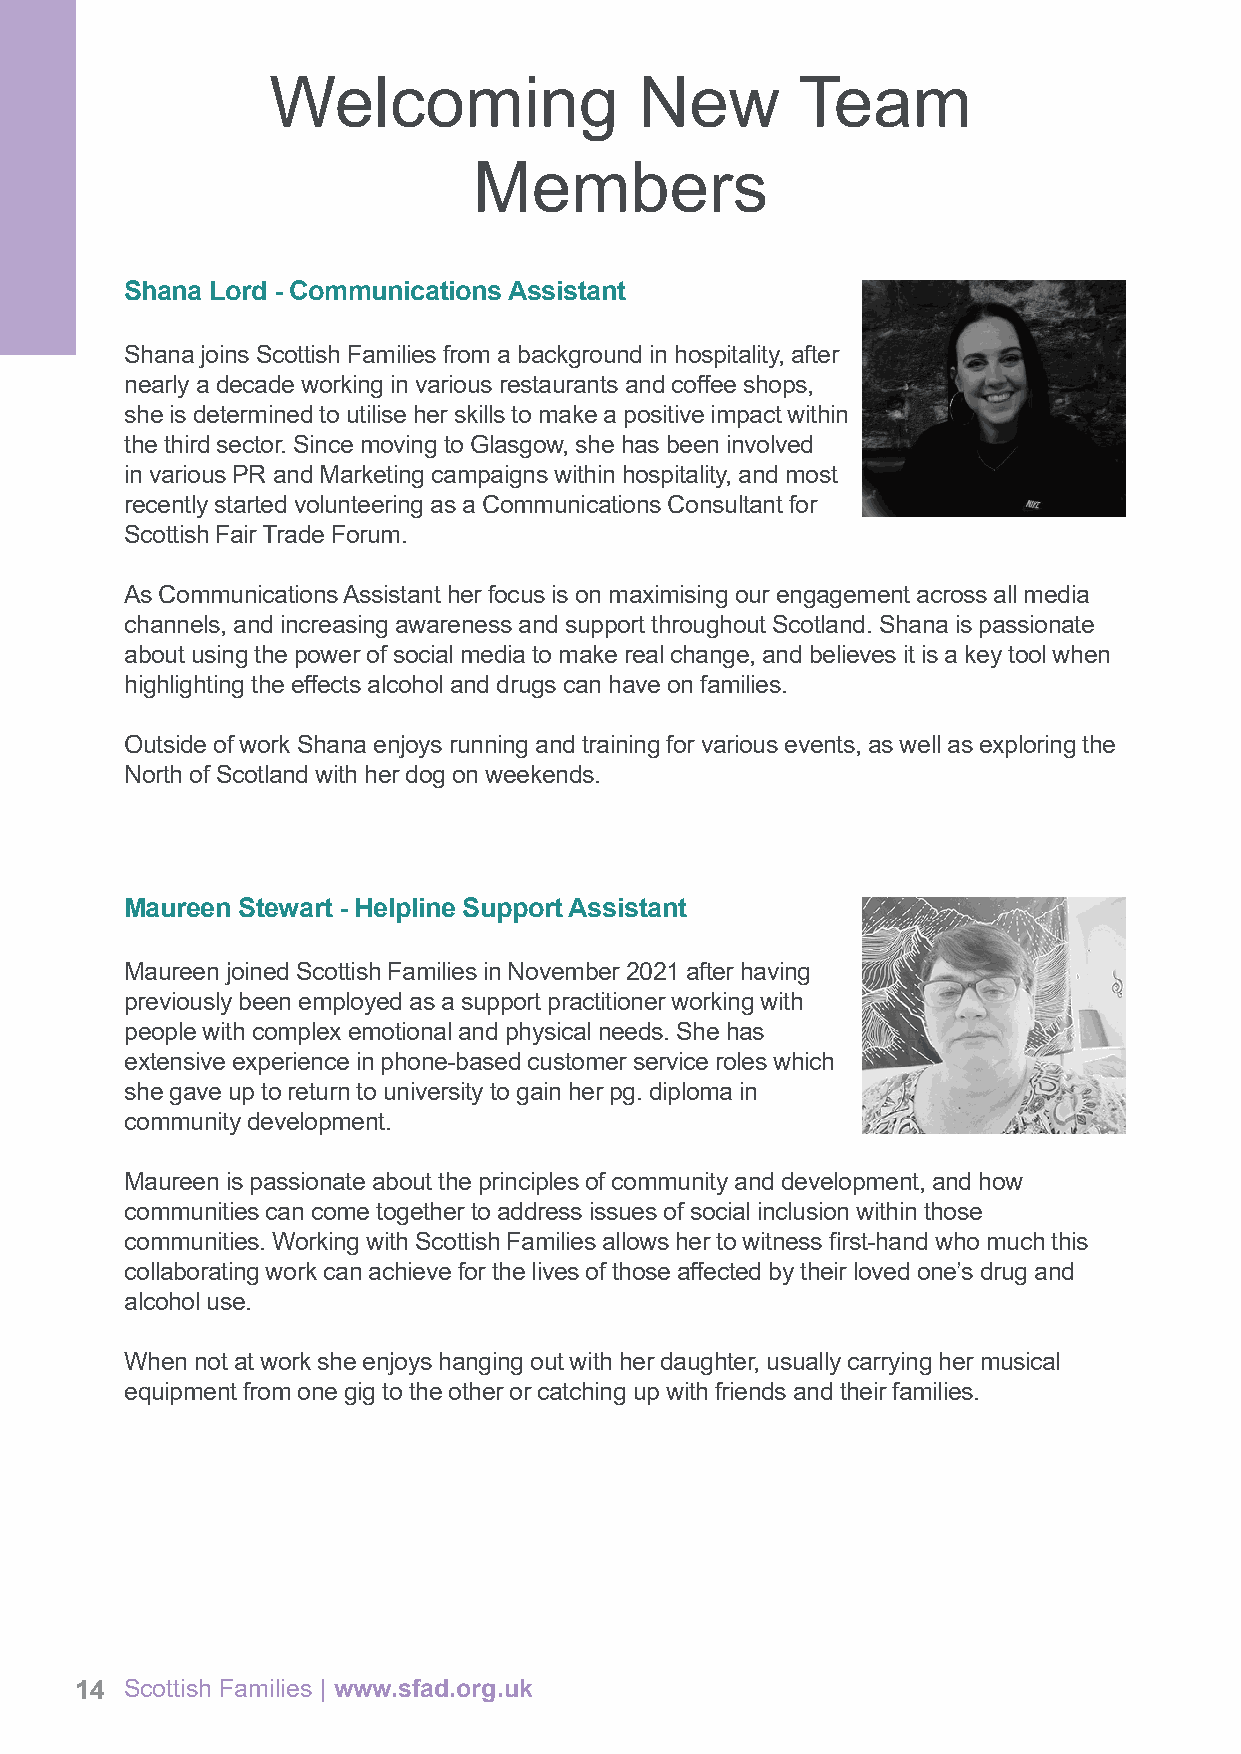
Welcoming               New        Team
 Members
 Shana Lord - Communications Assistant
 Shana joins Scottish Families from a background in hospitality, after
 nearly a decade working in various restaurants and coffee shops,
 she is determined to utilise her skills to make a positive impact within
 the third sector. Since moving to Glasgow, she has been involved
 in various PR and Marketing campaigns within hospitality, and most
 recently started volunteering as a Communications Consultant for
 Scottish Fair Trade Forum.
 As Communications Assistant her focus is on maximising our engagement across all media
 channels, and increasing awareness and support throughout Scotland. Shana is passionate
 about using the power of social media to make real change, and believes it is a key tool when
 highlighting the effects alcohol and drugs can have on families.
 Outside of work Shana enjoys running and training for various events, as well as exploring the
 North of Scotland with her dog on weekends.
 Maureen Stewart - Helpline Support Assistant
 Maureen joined Scottish Families in November 2021 after having
 previously been employed as a support practitioner working with
 people with complex emotional and physical needs. She has
 extensive experience in phone-based customer service roles which
 she gave up to return to university to gain her pg. diploma in
 community development.
 Maureen is passionate about the principles of community and development, and how
 communities can come together to address issues of social inclusion within those
 communities. Working with Scottish Families allows her to witness first-hand who much this
 collaborating work can achieve for the lives of those affected by their loved one’s drug and
 alcohol use.
 When not at work she enjoys hanging out with her daughter, usually carrying her musical
 equipment from one gig to the other or catching up with friends and their families.
 14 Scottish Families | www.sfad.org.uk